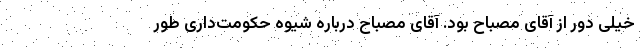
خیلی دور از آقای مصباح بود. آقای مصباح درباره شیوه حکومت‌داری طور